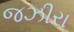
જઝીરા